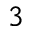
^ 3